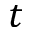
t